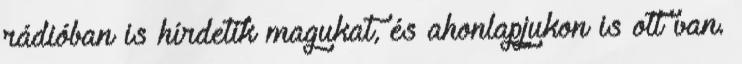
rádióban is hírdetik magukat, és ahonlapjukon is ott van.